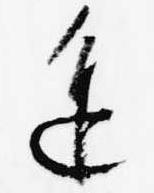
進